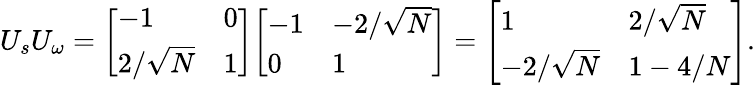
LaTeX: U_{s}U_{\omega}={\left[\begin{array}{ll}{-1}&{0}\\ {2/{\sqrt{N}}}&{1}\end{array}\right]}{\left[\begin{array}{ll}{-1}&{-2/{\sqrt{N}}}\\ {0}&{1}\end{array}\right]}={\left[\begin{array}{ll}{1}&{2/{\sqrt{N}}}\\ {-2/{\sqrt{N}}}&{1-4/N}\end{array}\right]}.